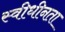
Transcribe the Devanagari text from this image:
स्वीधीनता